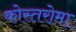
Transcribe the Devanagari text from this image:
कोस्तरोमा